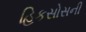
હિકસોસની